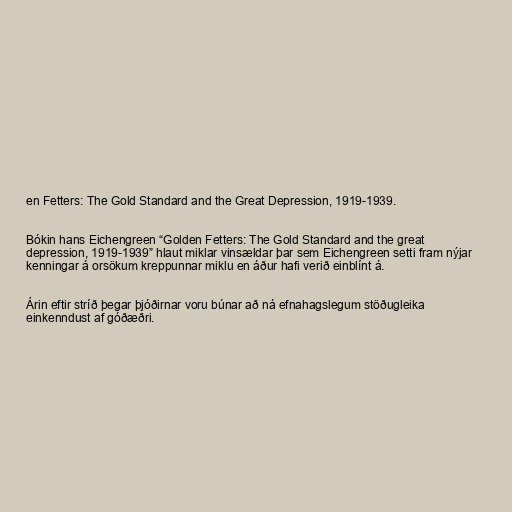
en Fetters: The Gold Standard and the Great Depression, 1919-1939.

Bókin hans Eichengreen “Golden Fetters: The Gold Standard and the great
depression, 1919-1939” hlaut miklar vinsældar þar sem Eichengreen setti fram nýjar
kenningar á orsökum kreppunnar miklu en áður hafi verið einblínt á.

Árin eftir stríð þegar þjóðirnar voru búnar að ná efnahagslegum stöðugleika
einkenndust af góðæðri.